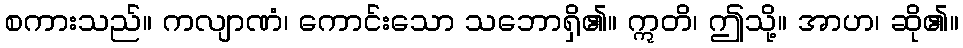
စကားသည်။ ကလျာဏံ၊ ကောင်းသော သဘောရှိ၏။ ဣတိ၊ ဤသို့။ အာဟ၊ ဆို၏။